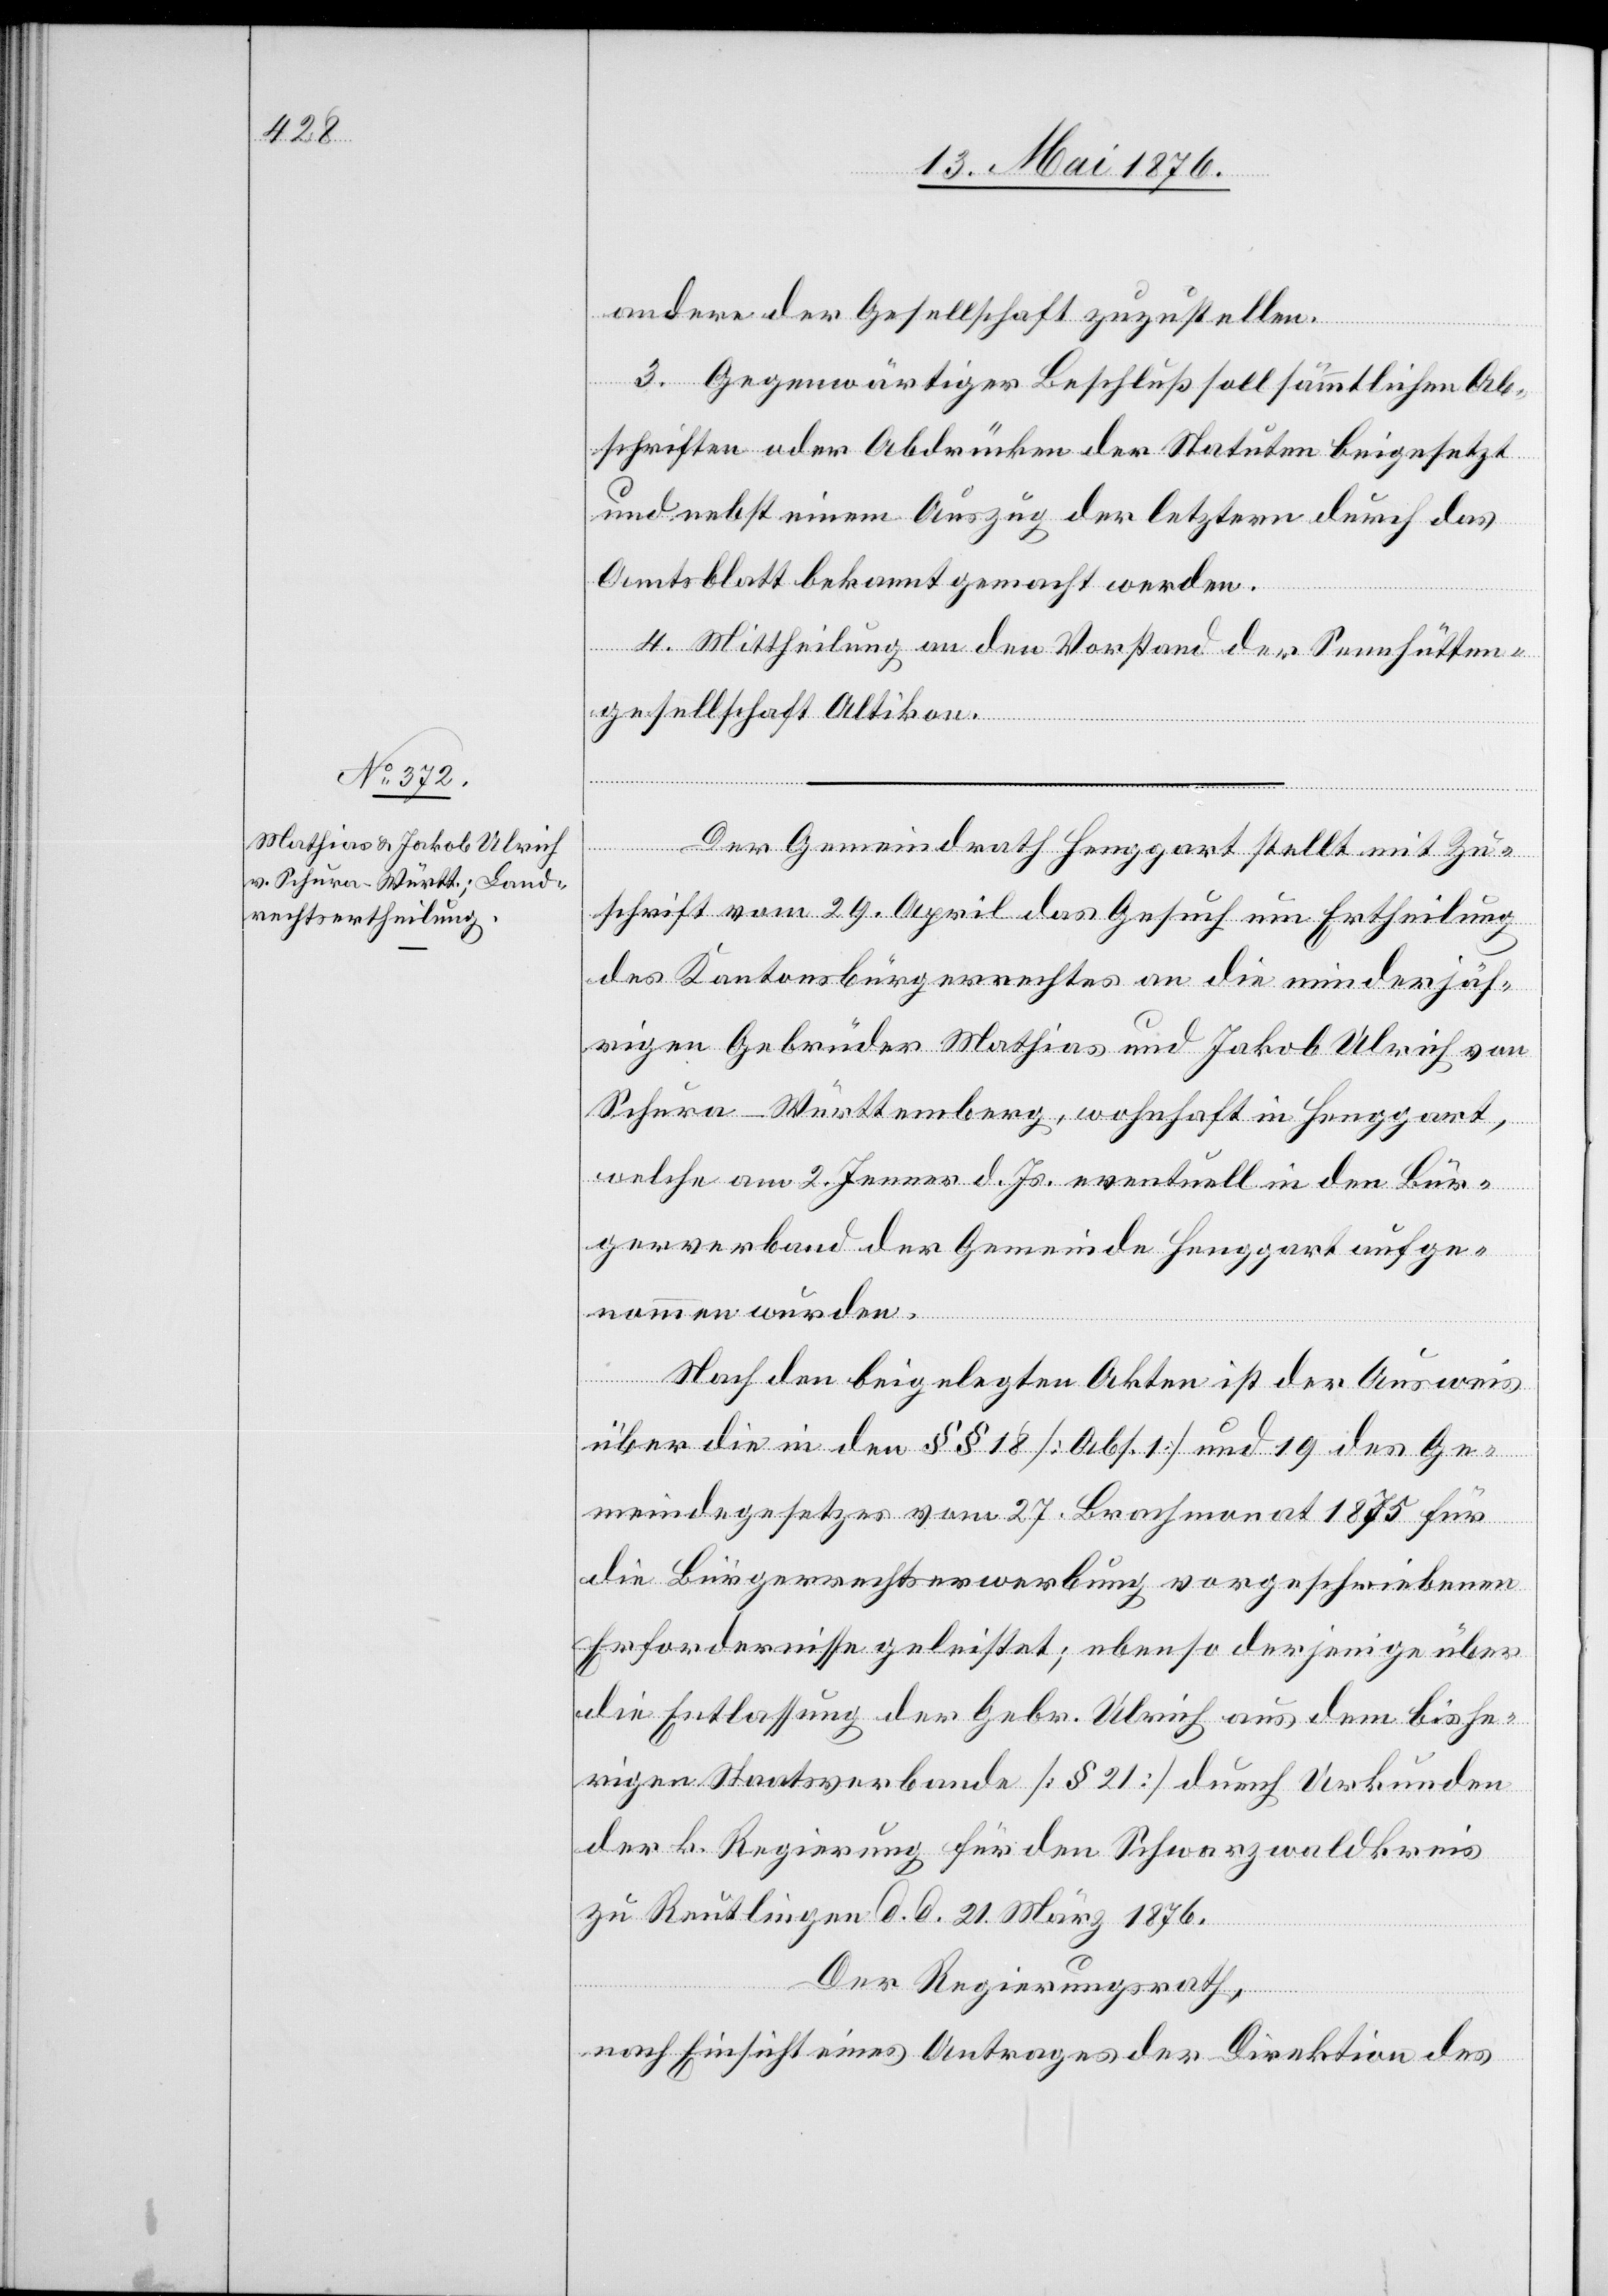
andere der Gesellschaft zuzustellen.
3. Gegenwärtiger Beschluß soll sämmtlichen Ab¬
schriften oder Abdrücken der Statuten beigesetzt
und nebst einem Auszug der letztern durch das
Amtsblatt bekannt gemacht werden.
4. Mittheilung an den Vorstand der Sennhütten¬
gesellschaft Altikon.
Der Gemeindrath Henggart stellt mit Zu¬
schrift vom 29. April das Gesuch um Ertheilung
des Kantonsbürgerrechtes an die minderjäh¬
rigen Gebrüder Mathias und Jakob Ulrich von
Schura - Württemberg, wohnhaft in Henggart,
welche am 2. Jenner d. Js. eventuell in den Bür¬
gerverband der Gemeinde Henggart aufge¬
nommen wurden.
Nach den beigelegten Akten ist der Ausweis
über die in den §§ 18 [Abs. 1] und 19 des Ge¬
meindegesetzes vom 27. Brachmonat 1875 für
die Bürgerrechtserwerbung vorgeschriebenen
Erfordernisse geleistet; ebenso derjenige über
die Entlassung der Gebr. Ulrich aus dem bishe¬
rigen Staatsverbande [§ 21] durch Urkunden
der k. Regierung für den Schwarzwaldkreis
zu Reutlingen d. d. 21. März 1876.
Der Regierungsrath,
nach Einsicht eines Antrages der Direktion des